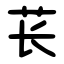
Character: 苌